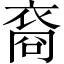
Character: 裔